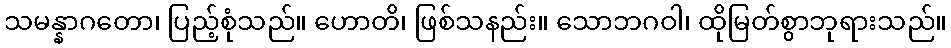
သမန္နာဂတော၊ ပြည့်စုံသည်။ ဟောတိ၊ ဖြစ်သနည်း။ သောဘဂဝါ၊ ထိုမြတ်စွာဘုရားသည်။